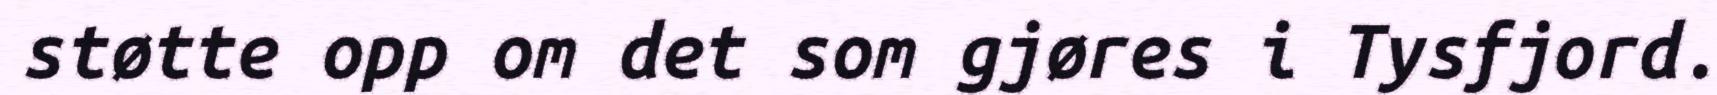
støtte opp om det som gjøres i Tysfjord.